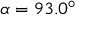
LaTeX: \alpha = 9 3 . 0 ^ { \circ }